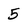
Character: 5